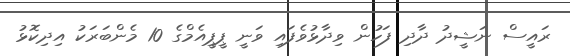
ރައީސް ނަޝީދު ދާދި ފަހުން ވިދާޅުވެފައި ވަނީ ޕީޕީއެމްގެ 10 މެންބަރަކު އިދިކޮޅު